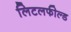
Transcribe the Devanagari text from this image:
लिटलफील्ड